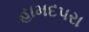
હામદપરા